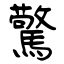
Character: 驚